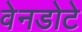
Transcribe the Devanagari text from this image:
वेनडोटे